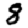
Digit: 8